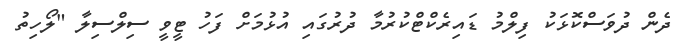
ދެން ދުވަސްކޮޅަކު ފިލްމު ޑައިރެކްޓްކުރުމާ ދުރުގައި އުޅުމަށް ފަހު ޓީވީ ސިލްސިލާ "ލޯހިތު